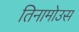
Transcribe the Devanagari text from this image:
तिनामोउस